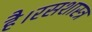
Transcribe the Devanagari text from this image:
है।रसशास्त्र